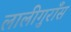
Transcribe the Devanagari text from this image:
लालीगुराँस